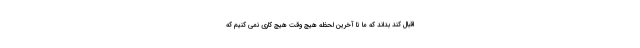
اقبال کند بداند که ما تا آخرین لحظه هیچ وقت هیچ کاری نمی کنیم که